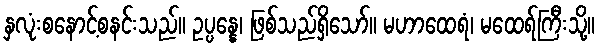
နှလုံးစနောင့်စနင်းသည်။ ဥပ္ပန္နေ၊ ဖြစ်သည်ရှိသော်။ မဟာထေရံ၊ မထေရ်ကြီးသို့။